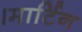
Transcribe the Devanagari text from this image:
।मार्टिन